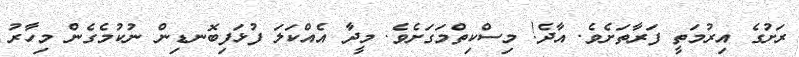
ރަށުގެ އިރުމަތީ ފަރާތަށެވެ. އާދެ! މިސްކިތްމަގަށެވެ. މީދާ އެއްކަލަ ފުޅަފިބޮނޑިން ނުކުމެގެން މިހާރު